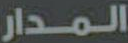
المدار